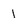
Character: 1